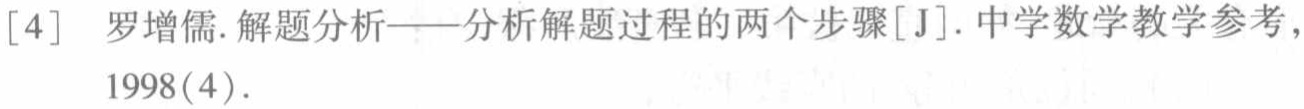
[4] 罗增儒. 解题分析——分析解题过程的两个步骤[J]. 中学数学教学参考, 1998(4).